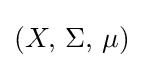
(X,\,\Sigma ,\,\mu )